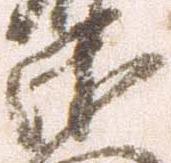
衛